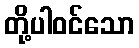
တို့ပါဝင်သော